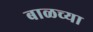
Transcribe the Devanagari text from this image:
बाळच्या